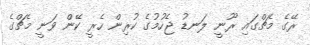
ރޭގެ މެޗްގައި ރޫނީ ލަނޑު ޖެހުމުގެ ކުރިން ހެރީ ކޭން ވަނީ މެޗްގެ